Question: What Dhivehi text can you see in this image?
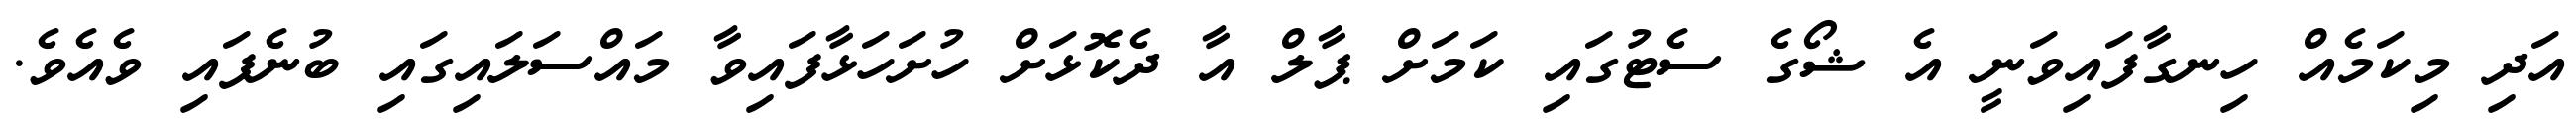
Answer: އަދި މިކަމެއް ހިނގާފައިވަނީ އެ ޝޯގެ ސެޓުގައި ކަމަށް ޕާލް އާ ދެކޮޅަށް ހުށަހަޅާފައިވާ މައްސަލައިގައި ބުނެފައި ވެއެވެ.